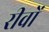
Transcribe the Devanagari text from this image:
रीवों